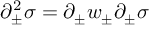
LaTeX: \partial _ { \pm } ^ { 2 } \sigma = \partial _ { \pm } w _ { \pm } \partial _ { \pm } \sigma